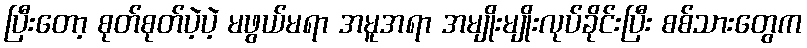
ပြီးတော့ စုတ်စုတ်ပဲ့ပဲ့ မဖွယ်မရာ အမူအရာ အမျိုးမျိုးလုပ်ခိုင်းပြီး စစ်သားတွေက